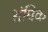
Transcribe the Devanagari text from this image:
संघिक